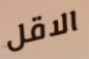
الاقل